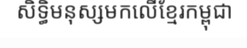
សិទ្ធិមនុស្សមកលើខ្មែរកម្ពុជា